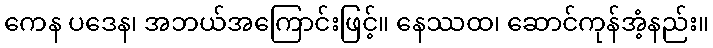
ကေန ပဒေန၊ အဘယ်အကြောင်းဖြင့်။ နေဿထ၊ ဆောင်ကုန်အံ့နည်း။